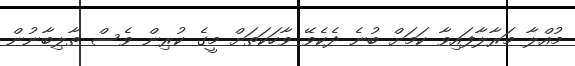
މުއްލާ މަރާލާފައިވާ ކަމަށް ބުނެ ދެކެވޭ ވާހަކަތަށް މީގެ ކުރިން ވެސް ތާލިބާނުން